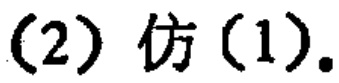
(2) 仿 (1).